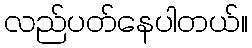
လည်ပတ်နေပါတယ်။